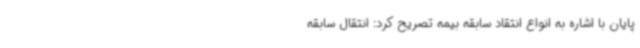
پایان با اشاره به انواع انتقاد سابقه بیمه تصریح کرد: انتقال سابقه